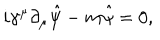
i \gamma ^ { \mu } \partial _ { \mu } \hat { \psi } - m { \hat { \psi } } = 0 ,